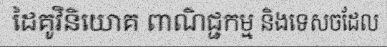
ដៃគូវិនិយោគ ពាណិជ្ជកម្ម និងទេសចដែល